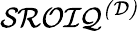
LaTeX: {\mathcal{SROIQ}}^{\mathcal{(D)}}